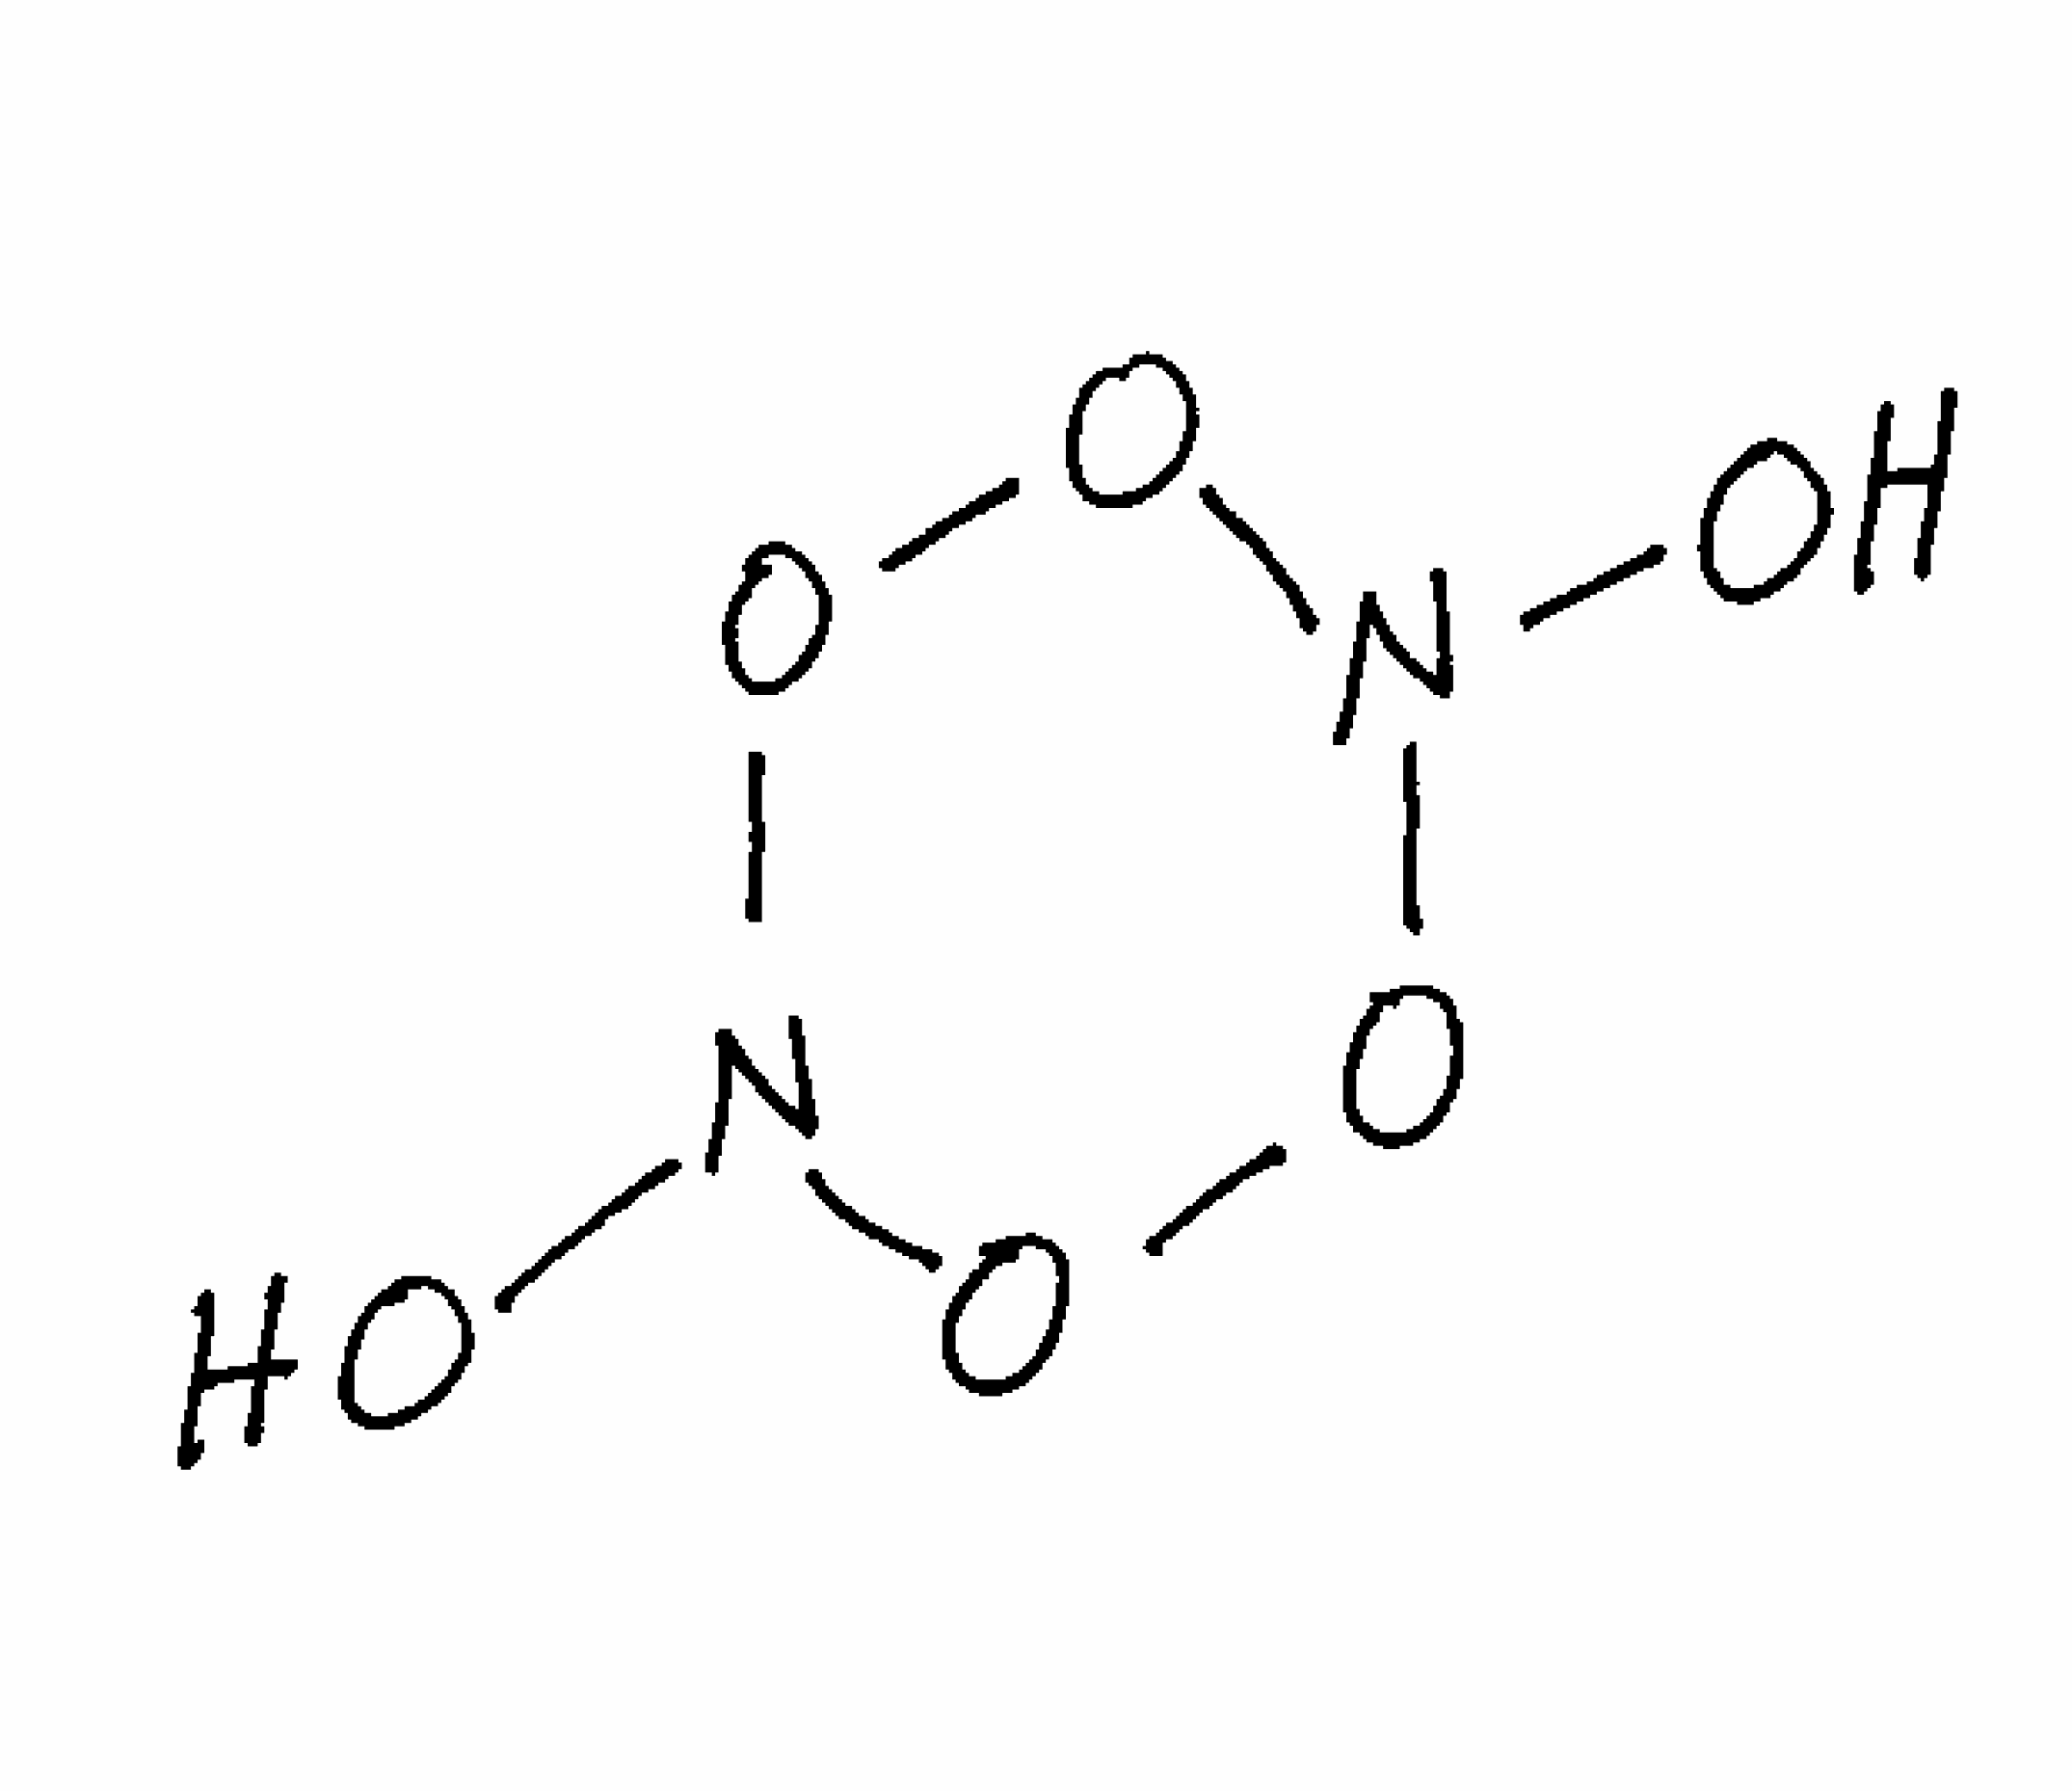
Simplified molecular-input line-entry system (SMILES) notation of the given molecule:
N1(OON(OO1)O)O